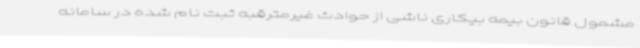
مشمول قانون بیمه بیکاری ناشی از حوادث غیرمترقبه ثبت نام شده در سامانه